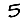
Digit: 5